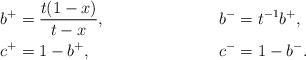
LaTeX: \begin{align*}b^+ &= \displaystyle \frac{t(1-x)}{t-x}, & b^- &= t^{-1} b^+ , \\c^+ & =1-b^+ , & c^- &=1-b^- .\end{align*}